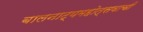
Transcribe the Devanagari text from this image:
बालनाट्यमहोत्सवाची